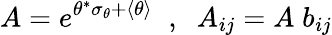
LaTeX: A=e^{\theta^{*}\sigma_{\theta}+\langle\theta\rangle}\; \; ,\; \; A_{ij}=A\; b_{ij}